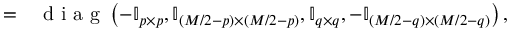
\begin{array} { r l } { = } & { { } \mathrm { ~ d ~ i ~ a ~ g ~ } \left( - \mathbb { I } _ { p \times p } , \mathbb { I } _ { ( M / 2 - p ) \times ( M / 2 - p ) } , \mathbb { I } _ { q \times q } , - \mathbb { I } _ { ( M / 2 - q ) \times ( M / 2 - q ) } \right) , } \end{array}